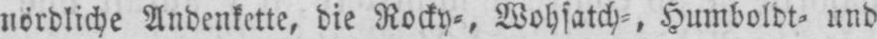
nördliche Andenkette, die Rocky⸗, Wohsatch⸗, Humboldt⸗ und